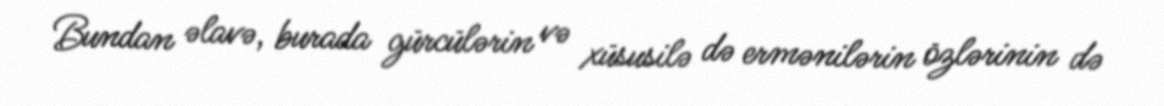
Bundan əlavə, burada gürcülərin və xüsusilə də ermənilərin özlərinin də